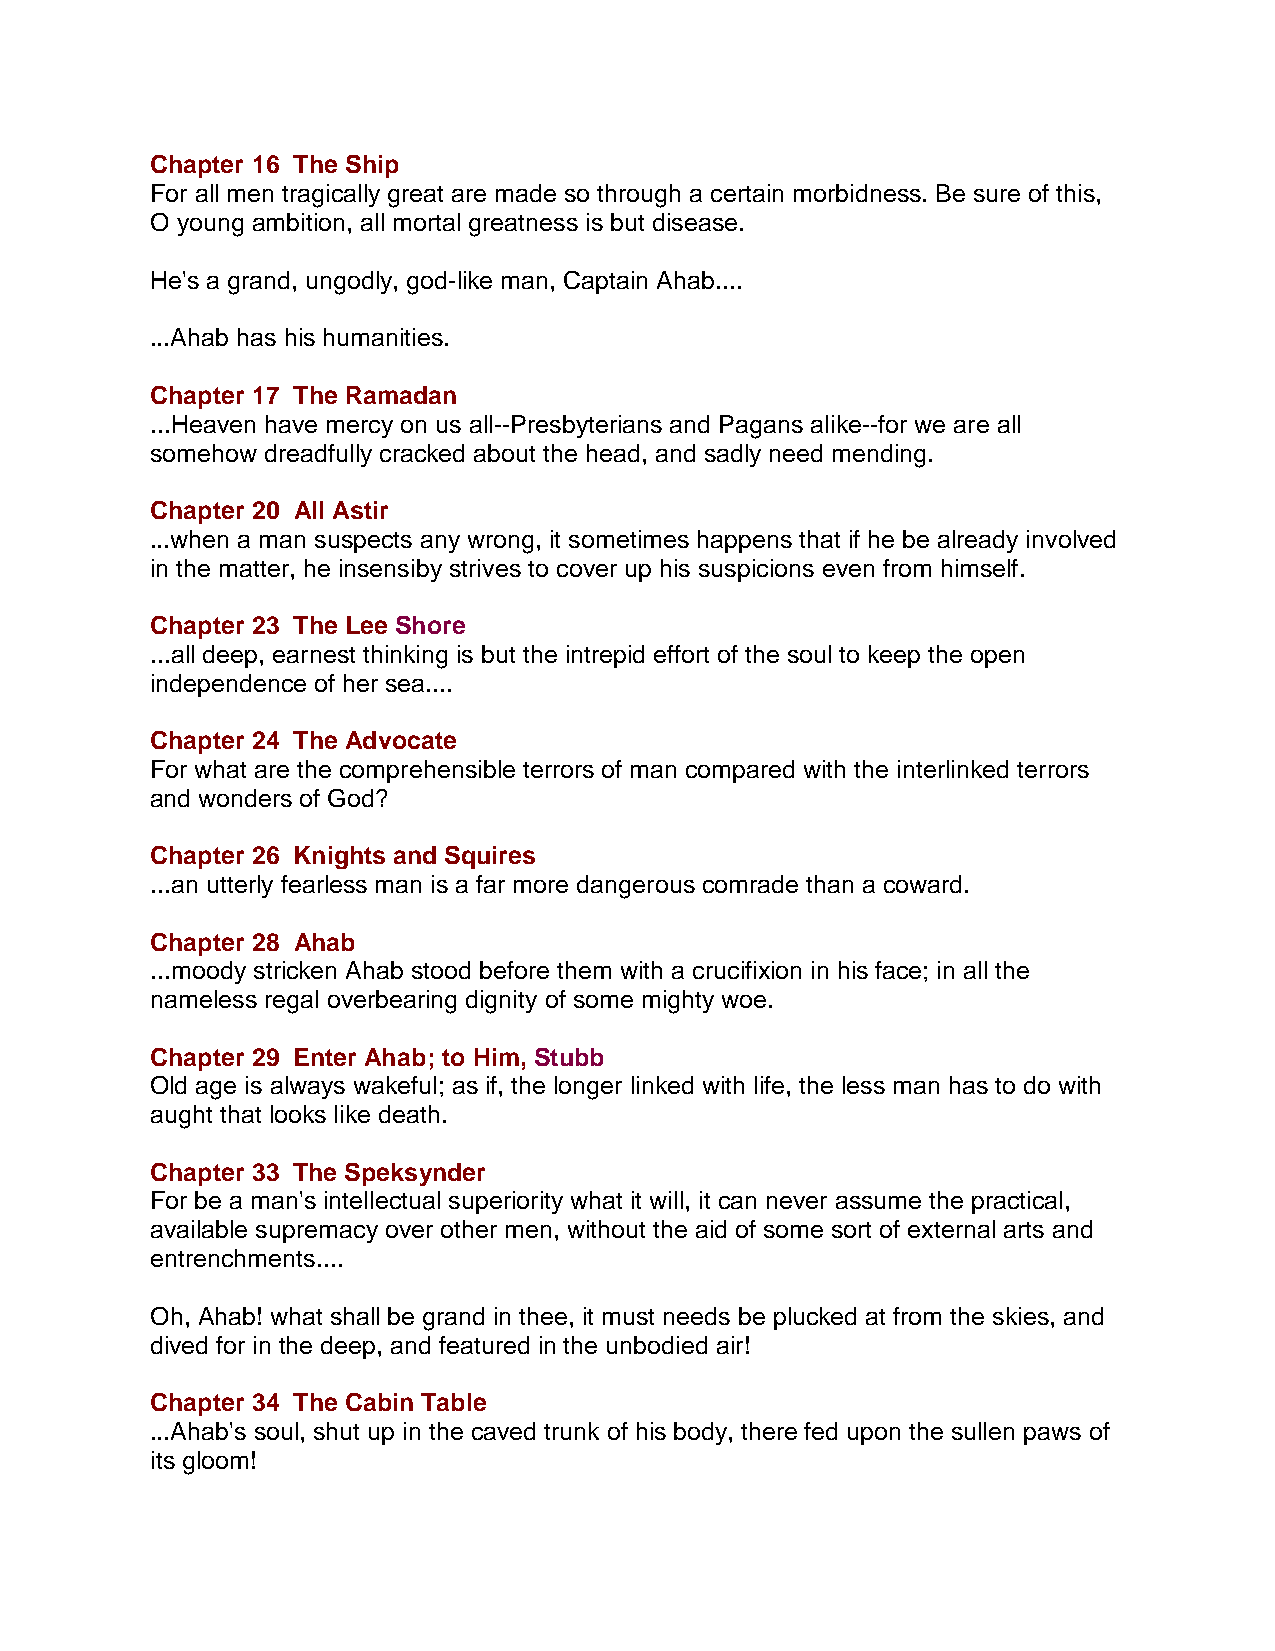
Chapter 16 The Ship
 For all men tragically great are made so through a certain morbidness. Be sure of this,
 O young ambition, all mortal greatness is but disease.
 He's a grand, ungodly, god-like man, Captain Ahab....
 ...Ahab has his humanities.
 Chapter 17 The Ramadan
 ...Heaven have mercy on us all--Presbyterians and Pagans alike--for we are all
 somehow dreadfully cracked about the head, and sadly need mending.
 Chapter 20 All Astir
 ...when a man suspects any wrong, it sometimes happens that if he be already involved
 in the matter, he insensiby strives to cover up his suspicions even from himself.
 Chapter 23 The Lee Shore
 ...all deep, earnest thinking is but the intrepid effort of the soul to keep the open
 independence of her sea....
 Chapter 24 The Advocate
 For what are the comprehensible terrors of man compared with the interlinked terrors
 and wonders of God?
 Chapter 26 Knights and Squires
 ...an utterly fearless man is a far more dangerous comrade than a coward.
 Chapter 28 Ahab
 ...moody stricken Ahab stood before them with a crucifixion in his face; in all the
 nameless regal overbearing dignity of some mighty woe.
 Chapter 29 Enter Ahab; to Him, Stubb
 Old age is always wakeful; as if, the longer linked with life, the less man has to do with
 aught that looks like death.
 Chapter 33 The Speksynder
 For be a man's intellectual superiority what it will, it can never assume the practical,
 available supremacy over other men, without the aid of some sort of external arts and
 entrenchments....
 Oh, Ahab! what shall be grand in thee, it must needs be plucked at from the skies, and
 dived for in the deep, and featured in the unbodied air!
 Chapter 34 The Cabin Table
 ...Ahab's soul, shut up in the caved trunk of his body, there fed upon the sullen paws of
 its gloom!